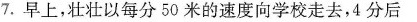
7.早上，壮壮以每分50米的速度向学校走去，4分后